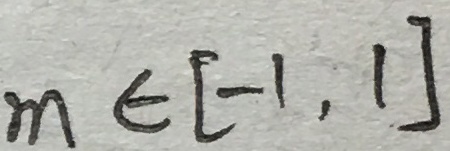
m \in [ - 1 , 1 ]